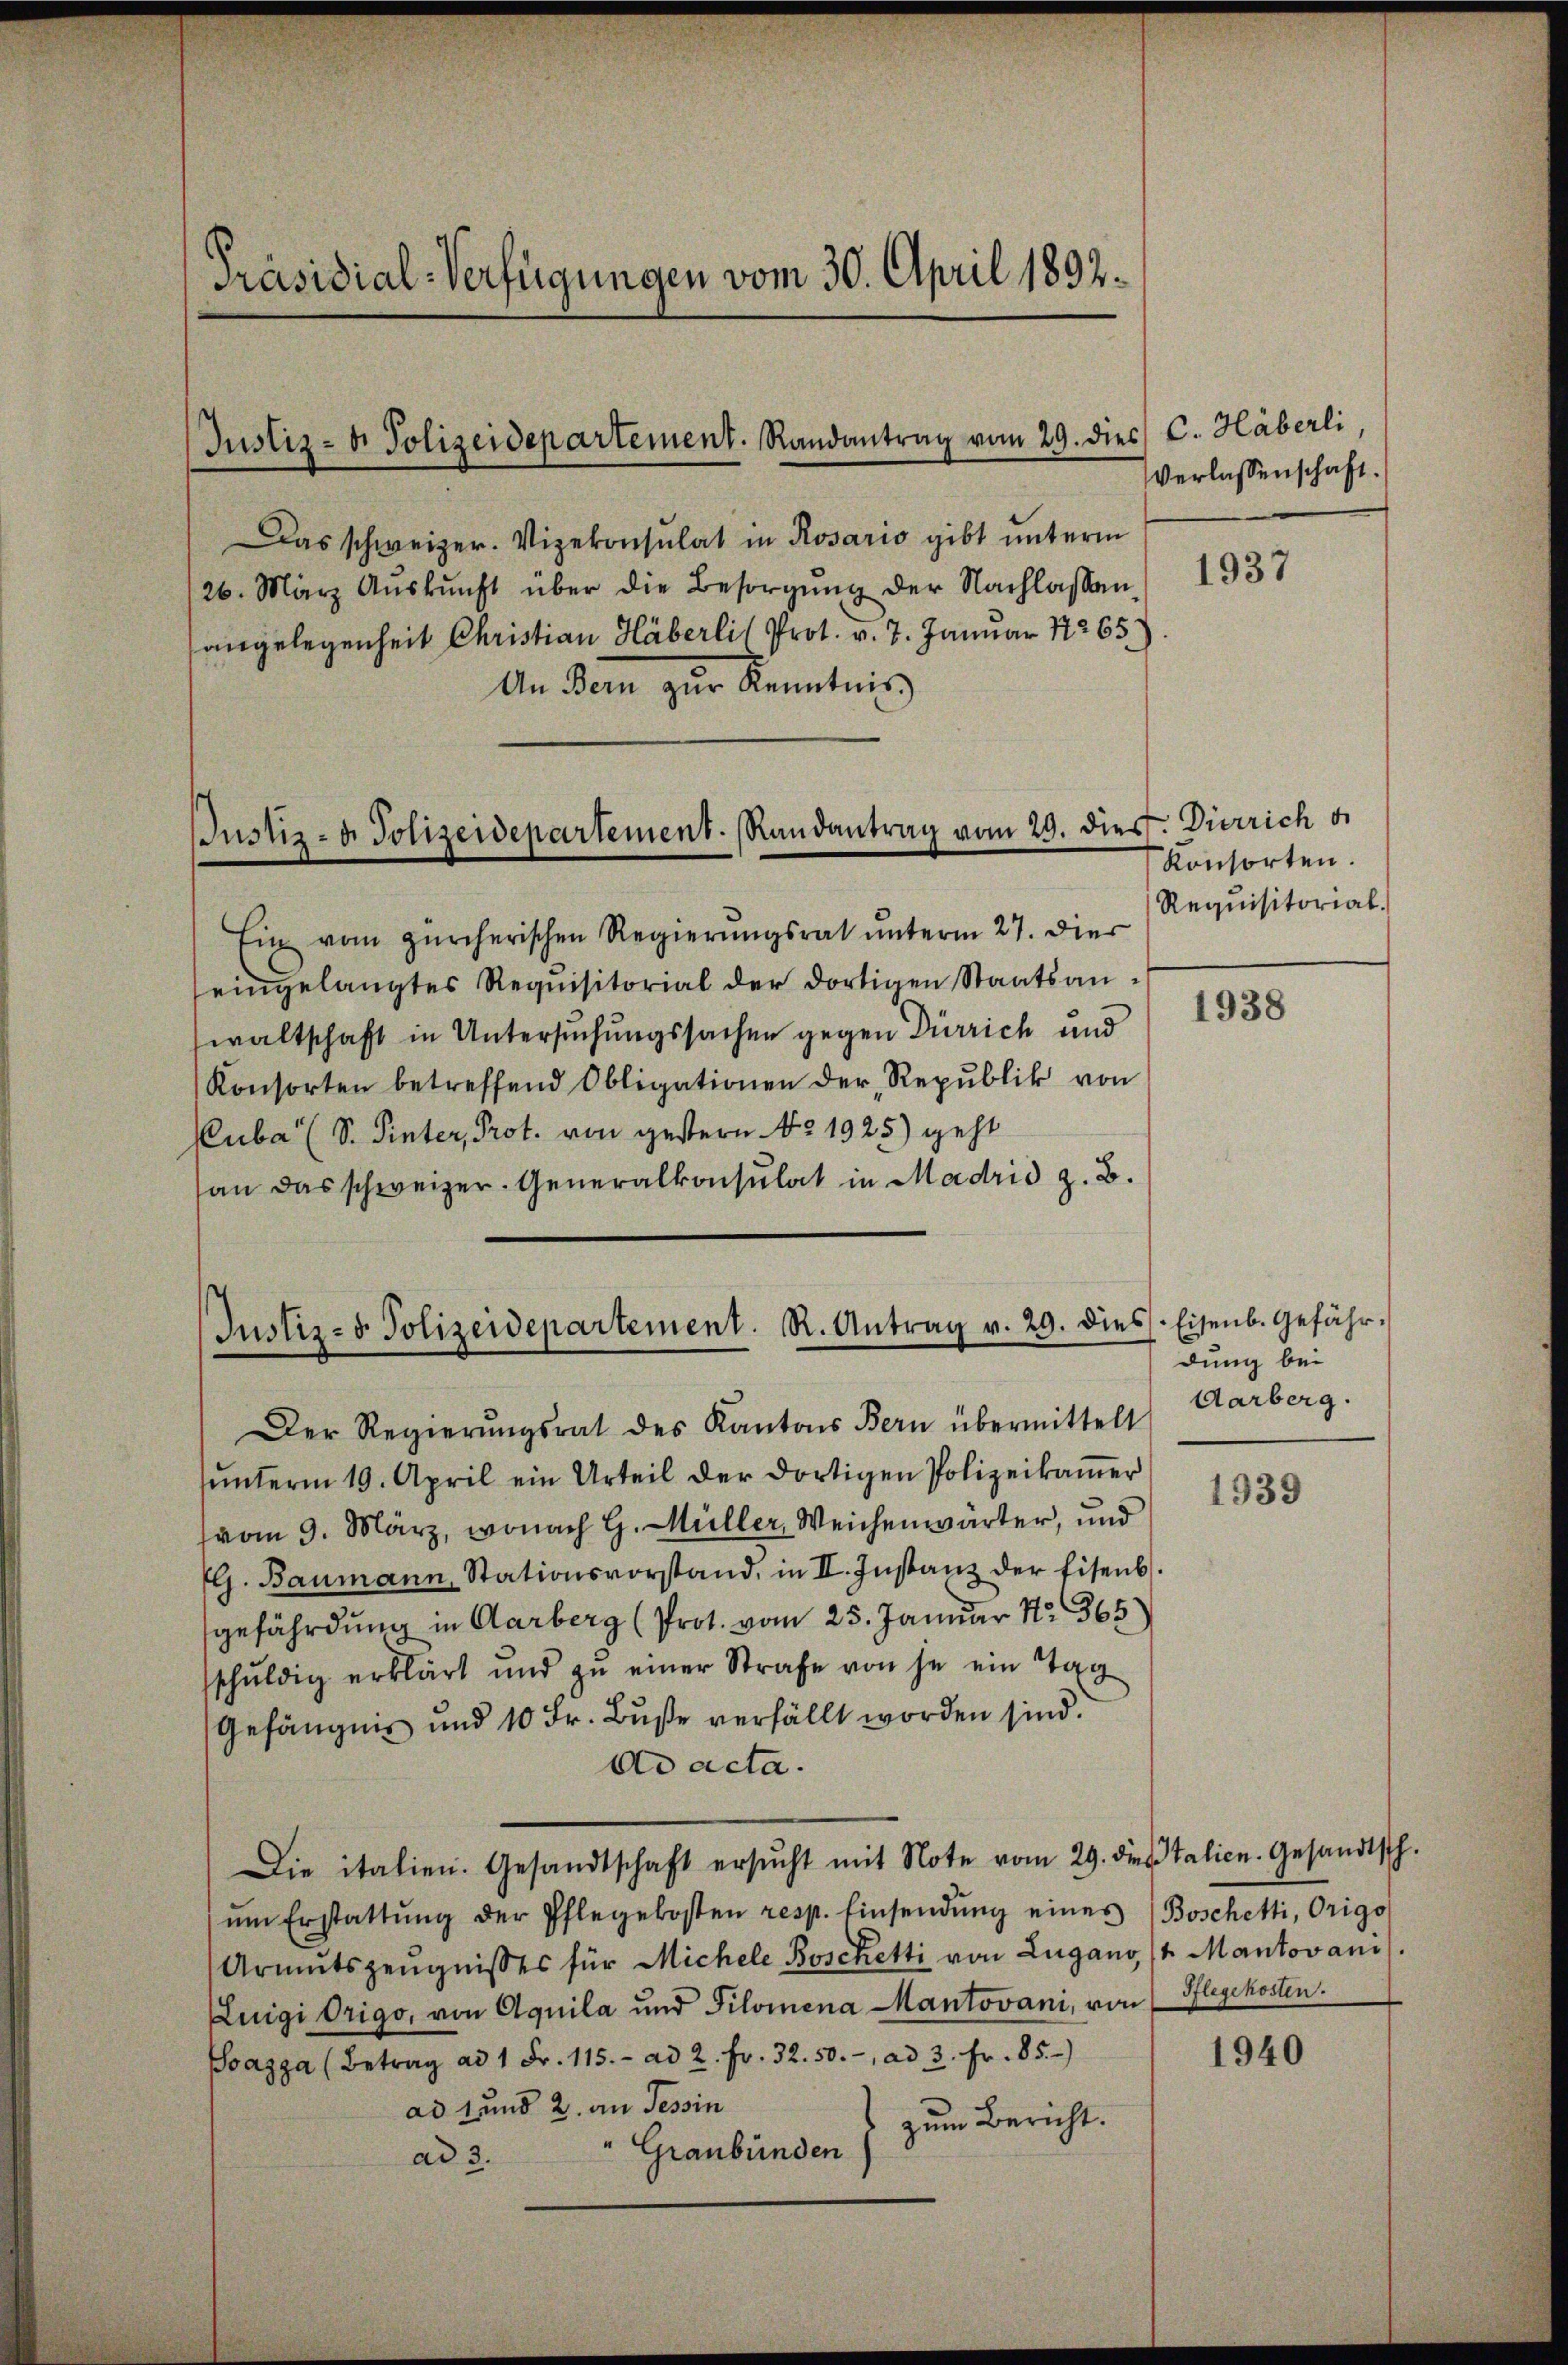
Präsidial-Verfügungen vom 30. April 1892.

Justiz- u. Polizeidepartement. Randantrag vom 29. die

Justiz- u. Polizeidepartement. Randantrag vom 29. dies. Dierrich di

Das schweizer. Vizekonsulat in Rosario gibt unterm
26. März Aŭskŭnft über die Besorgŭng der Nachlassen
angelegenheit Christian Häberlis Prot. v. 7. Januar 17265
An dem zur Kenntnis
Ein vom zürcherischen Regierŭngsrat ŭnterm 27. Dier
eingelangtes Requisitorial der dortigen Staatsanwaltschaft in Untersuchungssachen gegen Dürrich und
Konsorten betreffend Obligationen der Republik von
Cuba (S. Pinter, Prot. von gestern No. 1925) geht
an das schweizer. Generalkonsulat in Madrid z. B.

Justiz- & Polizeidepartement. R. Antrag v. 29. dies. Eisenb. Gefähr-

es C. Häberli
Verlassenschaft.

Der Regierŭngsrat des Kantons Bern übermittelt
ŭnterm 19. April ein Urteil der dortigen Polizeikaṁer
(vom 9. März, wonach H. Müller, Weichenwärter, und
G. Baumann, Stationsvorstand, in II. Instanz der Eisenb
gefährdung in Aarberg (Prot. vom 25. Januar Nr. 365
sschuldig erklärt und zu einer Strafe von je ein Tag
Gefängnis und 10 Fr. Buße verfällt worden sind.
ad acta.
Die italien. Gesandtschaft ersŭcht mit Note vom 29. dies talien. Gesandtsch.
ŭm Erstattŭng der Pflegekosten resp. Einsendŭng eines Boschetti, Origo
Armutszeŭgnisses für Michele Boschetti von Lugano (1. Mantovani
Zuigidrigo, von Aquila und Pilomena Kantovani, von Pflegekosten.
Pazza (Betrag ad 1 Fr. 115.- ad 2. Fr. 32. 50.-, ad 3. Fr. 85.
ad 1 und 2. an Tessin
zum Bericht.
Graubünden)
ad 3.

1937

Konsorten.
Requisitorial.

1938

dung bei
Aarberg.

1939

1940